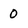
Character: 0